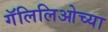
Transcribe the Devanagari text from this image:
गॅलिलिओच्या